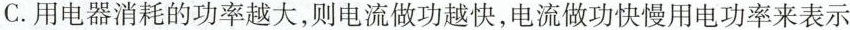
C.用电器消耗的功率越大，则电流做功越快，电流做功快慢用电功率来表示